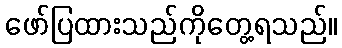
ဖော်ပြထားသည်ကိုတွေ့ရသည်။